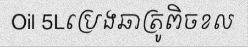
Oil 5Lប្រេងឆាត្រូពិចខល